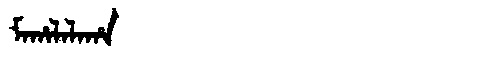
Manchu: ᠮᠠᡥᠠᠯᠠᠯᠠᡥᠠ
Romanization: MAHALALAHA